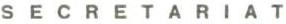
SECRETARIAT